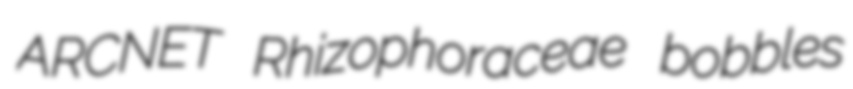
ARCNET Rhizophoraceae bobbles